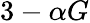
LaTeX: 3-\alpha G